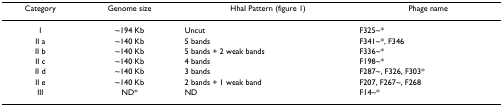
| Category | Genome size | HhaI Pattern (figure 1) | Phage name |
 | --- | --- | --- | --- |
 | I | ~194 Kb | Uncut | F325~* |
 | II a | ~140 Kb | 5 bands | F341~*, F346 |
 | II b | ~140 Kb | 5 bands + 2 weak bands | F336~* |
 | II c | ~140 Kb | 4 bands | F198~* |
 | II d | ~140 Kb | 3 bands | F287~, F326, F303* |
 | II e | ~140 Kb | 2 bands + 1 weak band | F207, F267~, F268 |
 | III | ND* | ND | F14~* |